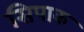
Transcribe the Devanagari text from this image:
सिपाक